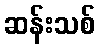
ဆန်းသစ်